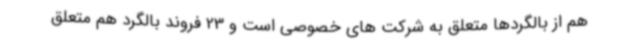
هم از بالگردها متعلق به شرکت های خصوصی است و 23 فروند بالگرد هم متعلق